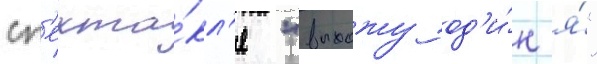
сп'екта́кл'я "выхожу од'и́н я́"